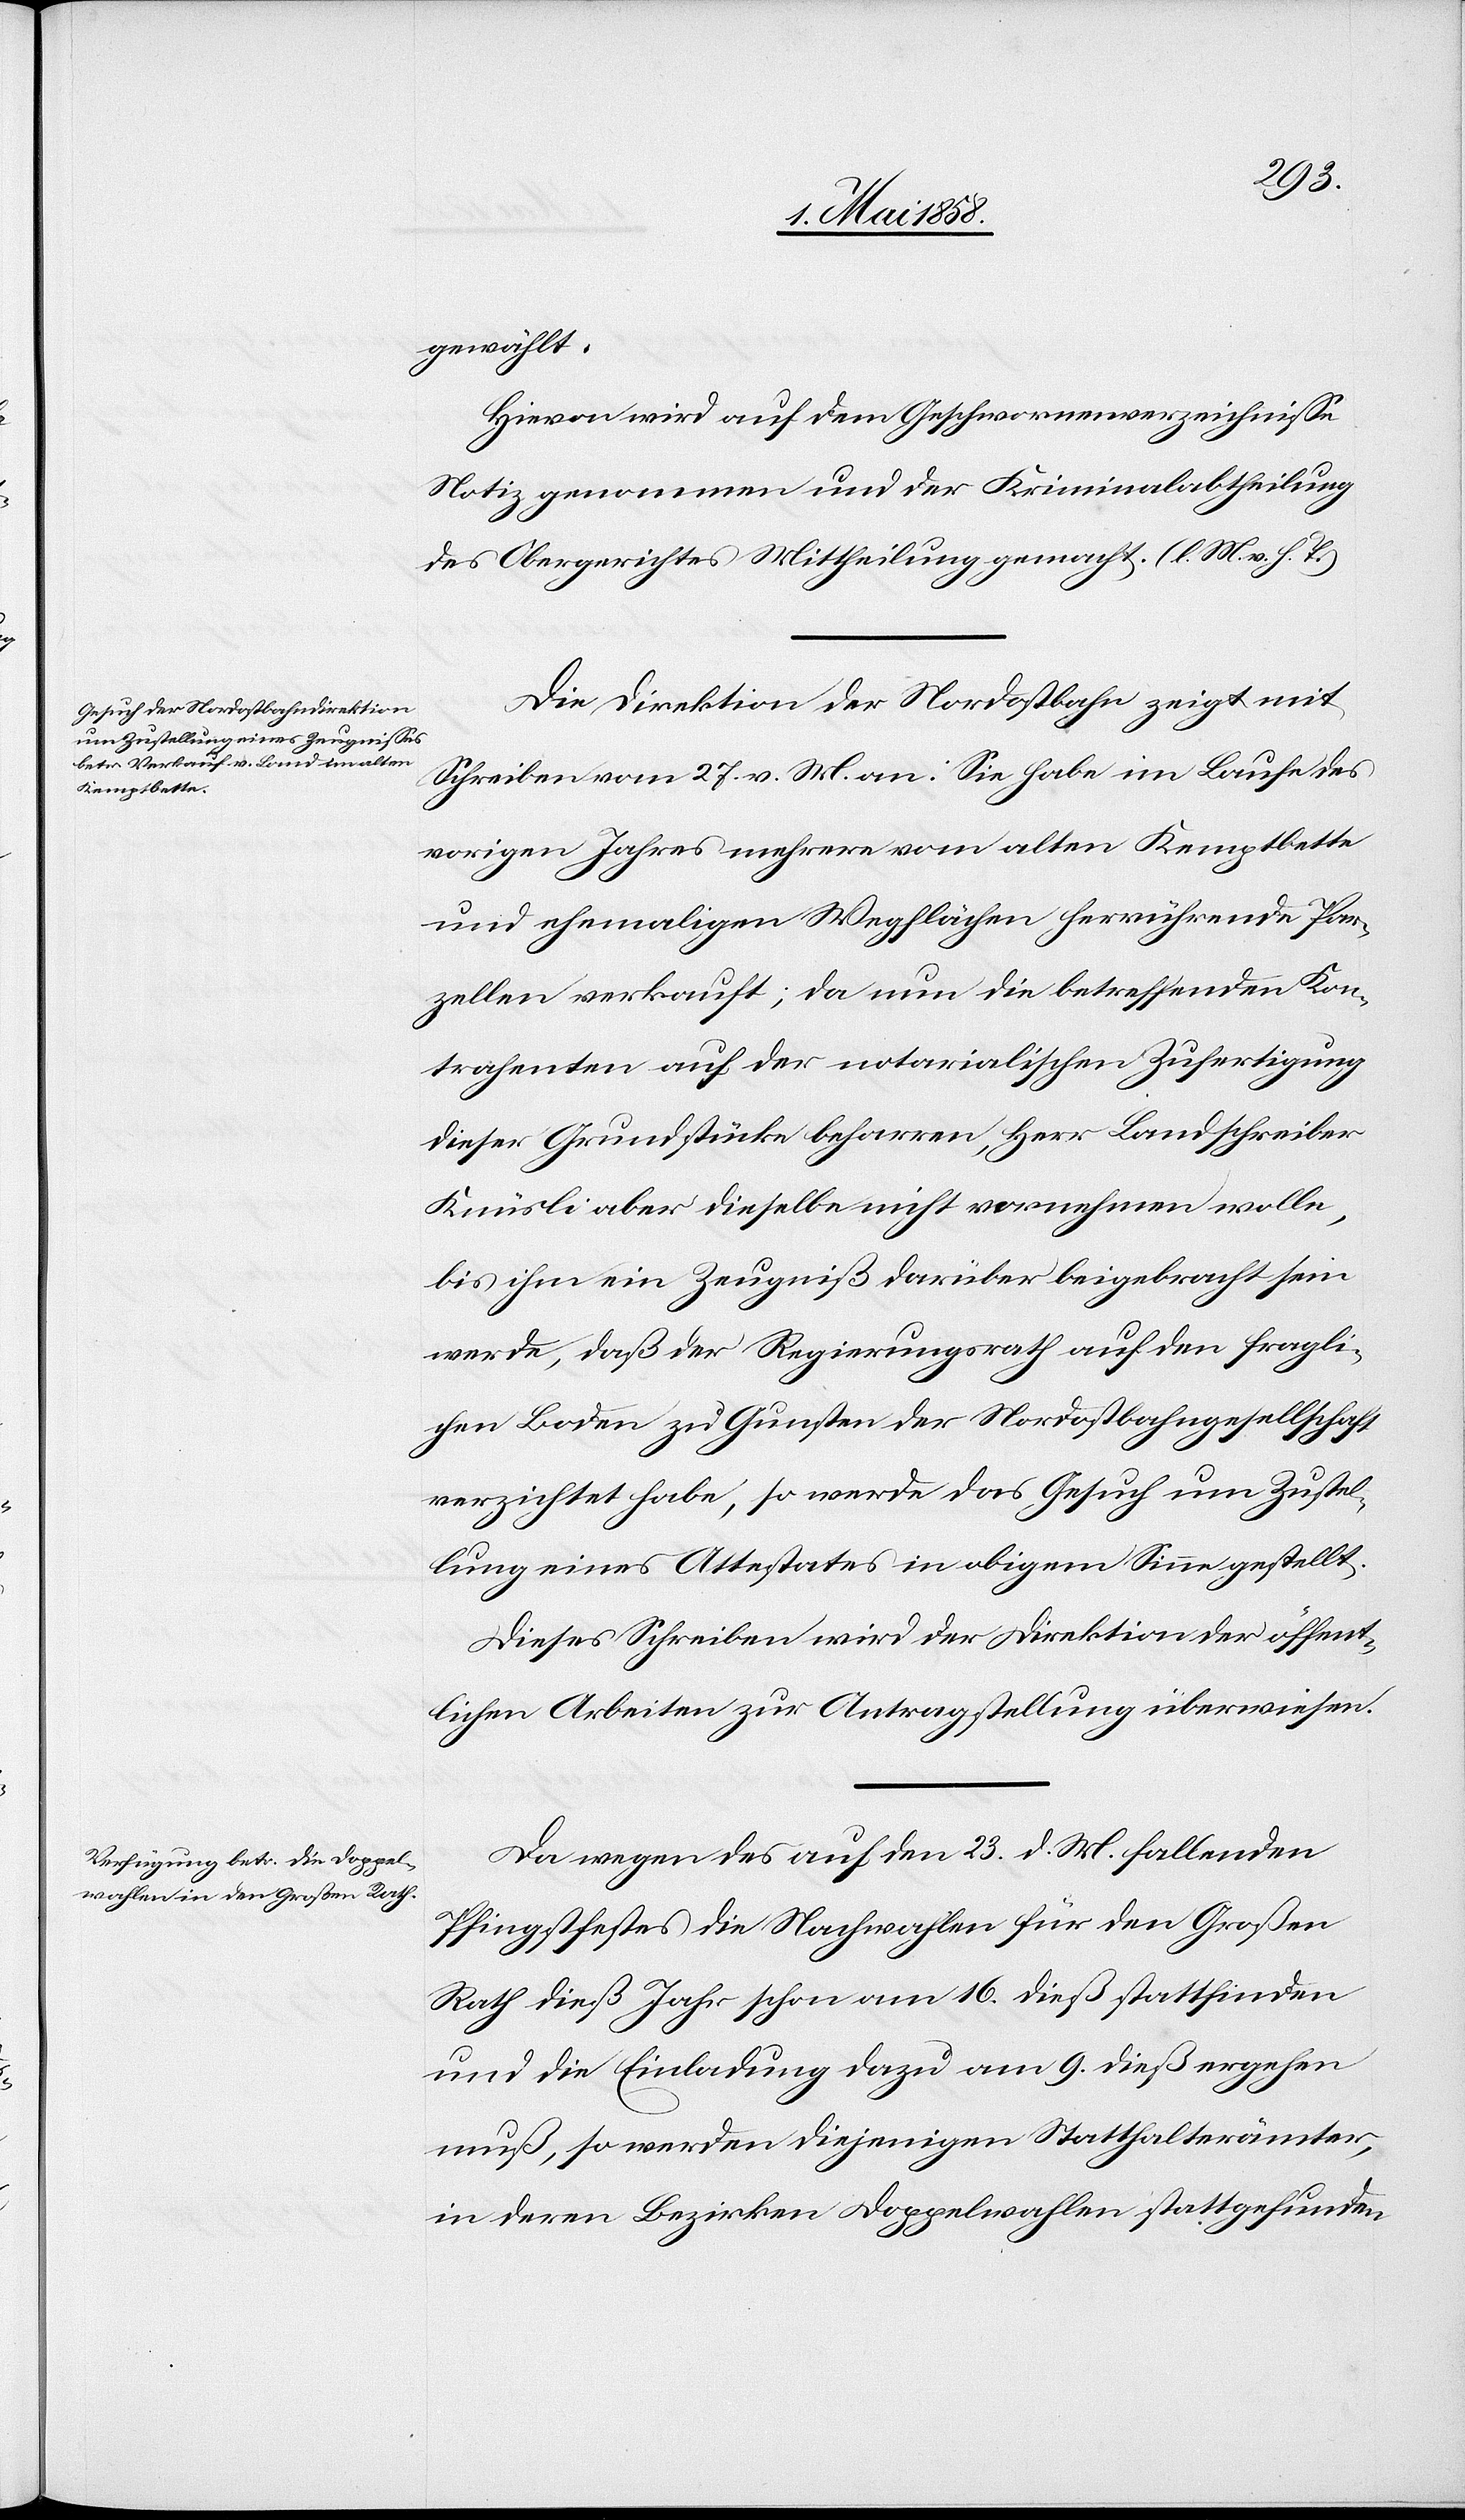
3. Mai 1858.]
gewählt.
Hievon wird auf dem Geschwornenverzeichnisse
Notiz genommen und der Kriminalabtheilung
des Obergerichtes Mittheilung gemacht. (l. M. h. T.)
Die Direktion der Nordostbahn zeigt mit
Schreiben vom 27. v. Mts. an: Sie habe im Laufe des
vorigen Jahres mehrere vom alten Kemptbette
und ehemaligen Wegflächen herrührende Par¬
zellen verkauft; da nun die betreffenden Kon¬
trahenten auf der notarialischen Zufertigung
dieser Grundstücke beharren, Herr Landschreiber
Knüsli aber dieselbe nicht vornehmen wolle,
bis ihm ein Zeugniß darüber beigebracht sein
werde, daß der Regierungsrath auf den fragli¬
chen Boden zu Gunsten der Nordostbahngesellschaft
verzichtet habe, so werde das Gesuch um Zustel¬
lung eines Attestates in obigem Sinne gestellt.
Dieses Schreiben wird der Direktion der öffent¬
lichen Arbeiten zur Antragstellung überwiesen.
Da wegen des auf den 23. d. Mts. fallenden
Pfingstfestes die Nachwahlen für den Großen
Rath dieß Jahr schon am 16. dieß stattfinden
und die Einladung dazu am 9. dieß ergehen
muß, so werden diejenigen Statthalterämter,
in deren Bezirken Doppelwahlen stattgefunden